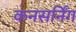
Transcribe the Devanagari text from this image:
कनसर्निंग